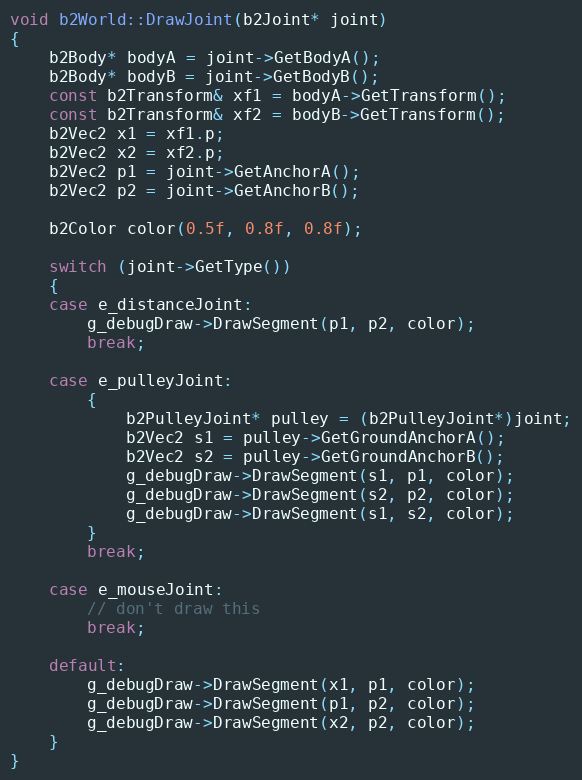
Language: C++
void b2World::DrawJoint(b2Joint* joint)
{
	b2Body* bodyA = joint->GetBodyA();
	b2Body* bodyB = joint->GetBodyB();
	const b2Transform& xf1 = bodyA->GetTransform();
	const b2Transform& xf2 = bodyB->GetTransform();
	b2Vec2 x1 = xf1.p;
	b2Vec2 x2 = xf2.p;
	b2Vec2 p1 = joint->GetAnchorA();
	b2Vec2 p2 = joint->GetAnchorB();

	b2Color color(0.5f, 0.8f, 0.8f);

	switch (joint->GetType())
	{
	case e_distanceJoint:
		g_debugDraw->DrawSegment(p1, p2, color);
		break;

	case e_pulleyJoint:
		{
			b2PulleyJoint* pulley = (b2PulleyJoint*)joint;
			b2Vec2 s1 = pulley->GetGroundAnchorA();
			b2Vec2 s2 = pulley->GetGroundAnchorB();
			g_debugDraw->DrawSegment(s1, p1, color);
			g_debugDraw->DrawSegment(s2, p2, color);
			g_debugDraw->DrawSegment(s1, s2, color);
		}
		break;

	case e_mouseJoint:
		// don't draw this
		break;

	default:
		g_debugDraw->DrawSegment(x1, p1, color);
		g_debugDraw->DrawSegment(p1, p2, color);
		g_debugDraw->DrawSegment(x2, p2, color);
	}
}